Annual statistical returns and brief notes on vaccination in Bengal - 1887-1898
Year: 1887
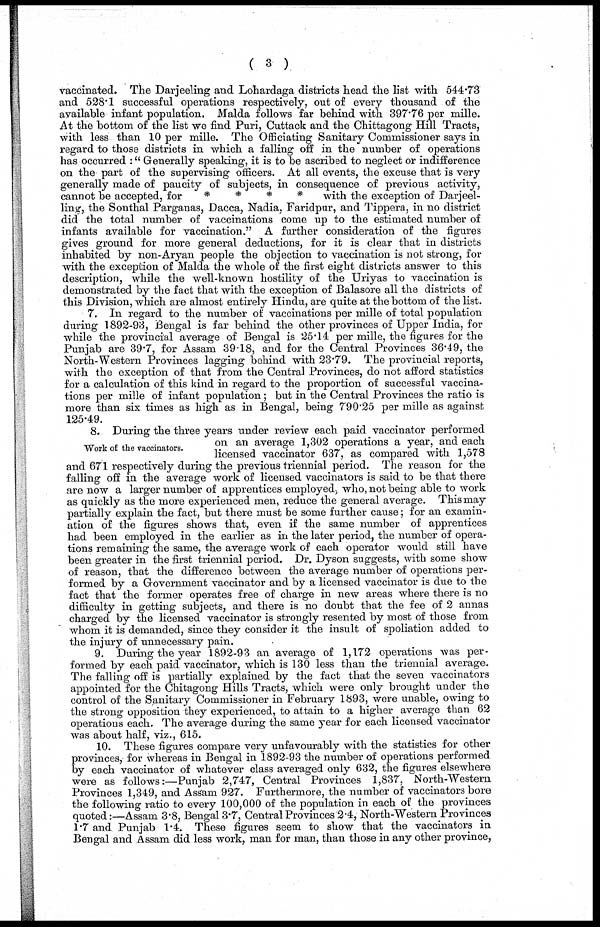
( 3 )
vaccinated. The Darjeeling and Lohardaga districts head the list with 544.73
and 528.1 successful operations respectively, out of every thousand of the
available infant population. Malda follows far behind with 397.76 per mille.
At the bottom of the list we find Puri, Cuttack and the Chittagong Hill Tracts,
with less than 10 per mille. The Officiating Sanitary Commissioner says in
regard to those districts in which a falling off in the number of operations
has occurred :" Generally speaking, it is to be ascribed to neglect or indifference
on the part of the supervising officers. At all events, the excuse that is very
generally made of paucity of subjects, in consequence of previous activity,
cannot be accepted, for
*
*
*
*
with the exception of Darjeel-
ling, the Sonthal Parganas, Dacca, Nadia, Faridpur, and Tippera, in no district
did the total number of vaccinations come up to the estimated number of
infants available for vaccination." A further consideration of the figures
gives ground for more general deductions, for it is clear that in districts
inhabited by non-Aryan people the objection to vaccination is not strong, for
with the exception of Malda the whole of the first eight districts answer to this
description, while the well-known hostility of the Uriyas to vaccination is
demonstrated by the fact that with the exception of Balasore all the districts of
this Division, which are almost entirely Hindu, are quite at the bottom of the list.
7. In regard to the number of vaccinations per mille of total population
during 1892-93, Bengal is far behind the other provinces of Upper India, for
while the provincial average of Bengal is 25.14 per mille, the figures for the
Punjab are 39.7, for Assam 39.18, and for the Central Provinces 36.49, the
North-Western Provinces lagging behind with 23.79. The provincial reports,
with the exception of that from the Central Provinces, do not afford statistics
for a calculation of this kind in regard to the proportion of successful vaccina-
tions per mille of infant population; but in the Central Provinces the ratio is
more than six times as high as in Bengal, being 790.25 per mille as against
125.49.
Work of the vaccinators.
8. During the three years under review each paid vaccinator performed
on an average 1,302 operations a year, and each
licensed vaccinator 637, as compared with 1,578
and 671 respectively during the previous triennial period. The reason for the
falling off in the average work of licensed vaccinators is said to be that there
are now a larger number of apprentices employed, who, not being able to work
as quickly as the more experienced men, reduce the general average. This may
partially explain the fact, but there must be some further cause; for an examin-
ation of the figures shows that, even if the same number of apprentices
had been employed in the earlier as in the later period, the number of opera-
tions remaining the same, the average work of each operator would still have
been greater in the first triennial period. Dr. Dyson suggests, with some show
of reason, that the difference between the average number of operations per-
formed by a Government vaccinator and by a licensed vaccinator is due to the
fact that the former operates free of charge in new areas where there is no
difficulty in getting subjects, and there is no doubt that the fee of 2 annas
charged by the licensed vaccinator is strongly resented by most of those from
whom it is demanded, since they consider it the insult of spoliation added to
the injury of unnecessary pain.
9. During the year 1892-93 an average of 1,172 operations was per-
formed by each paid vaccinator, which is 130 less than the triennial average.
The falling off is partially explained by the fact that the seven vaccinators
appointed for the Chitagong Hills Tracts, which were only brought under the
control of the Sanitary Commissioner in February 1893, were unable, owing to
the strong opposition they experienced, to attain to a higher average than 62
operations each. The average during the same year for each licensed vaccinator
was about half, viz., 615.
10. These figures compare very unfavourably with the statistics for other
provinces, for whereas in Bengal in 1892-93 the number of operations performed
by each vaccinator of whatever class averaged only 632, the figures elsewhere
were as follows:—Punjab 2,747, Central Provinces 1,837, North-Western
Provinces 1,349, and Assam 927. Furthermore, the number of vaccinators bore
the following ratio to every 100,000 of the population in each of the provinces
quoted:—Assam 3.8, Bengal 3.7, Central Provinces 2.4, North-Western Provinces
1.7 and Punjab 1.4. These figures seem to show that the vaccinators in
Bengal and Assam did less work, man for man, than those in any other province,